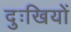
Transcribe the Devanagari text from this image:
दुःखियों